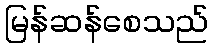
မြန်ဆန်စေသည်